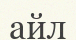
айл